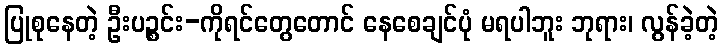
ပြုစုနေတဲ့ ဦးပဉ္စင်း-ကိုရင်တွေတောင် နေစေချင်ပုံ မရပါဘူး ဘုရား၊ လွန်ခဲ့တဲ့